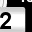
Digit: 2